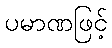
ပမာဏဖြင့်